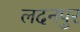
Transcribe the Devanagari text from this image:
लदनपुर